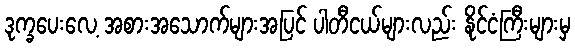
ဒုက္ခပေးလေ့ အစားအသောက်များအပြင် ပါတီငယ်များလည်း နိုင်ငံကြီးများမှ